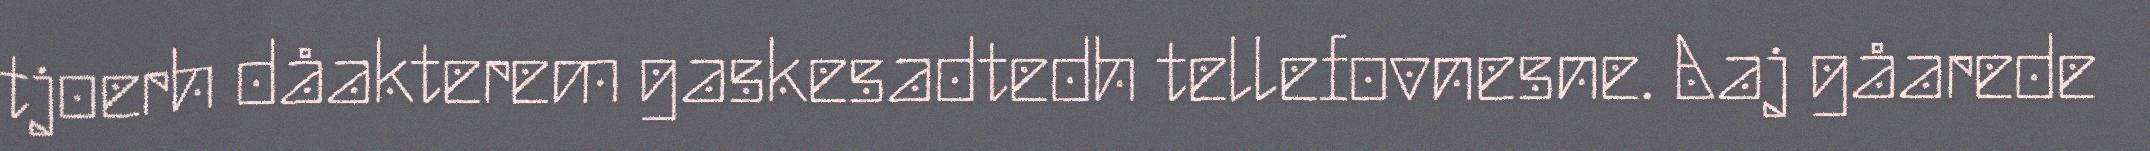
tjoerh dåakterem gaskesadtedh tellefovnesne. Aaj gåarede